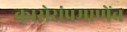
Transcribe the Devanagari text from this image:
कासेरांप्रमाणेंच